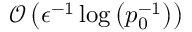
\mathcal { O } \left( \epsilon ^ { - 1 } \log \left( p _ { 0 } ^ { - 1 } \right) \right)